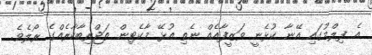
އެ ފިލްމުގައި އޭނާ ކުޅެނީ ވަޒީފާއެއް ނެތި އުޅޭ މާކެޓިން ތަޖްރިބާކާރެއްގެ ރޯލެވެ.